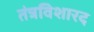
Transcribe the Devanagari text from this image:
तंत्रविशारद